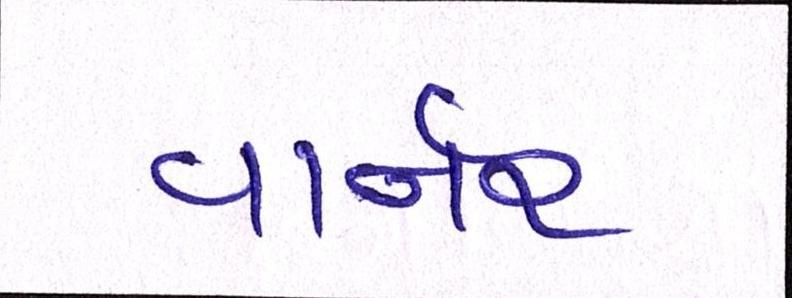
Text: વાર્નર